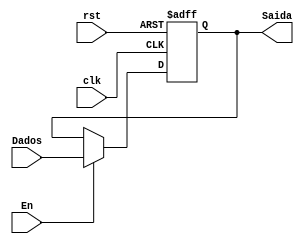
module registro(Dados, clk, rst, En, Saida); 

input wire [5:0] Dados;
input wire clk, rst, En;
output reg [5:0] Saida;

always @ (posedge clk or negedge rst)
	if(!rst) 
		Saida <= 0;
	else 
		if (En)			
				Saida <= Dados;
			
endmodule